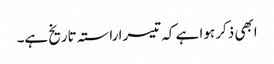
ابھی ذکر ہوا ہے کہ تیسرا راستہ تاریخ ہے۔